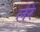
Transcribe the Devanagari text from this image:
लेरे